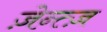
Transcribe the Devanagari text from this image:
ज़ेन्त्ज़